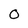
Character: 0